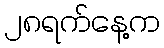
၂၈ရက်နေ့က